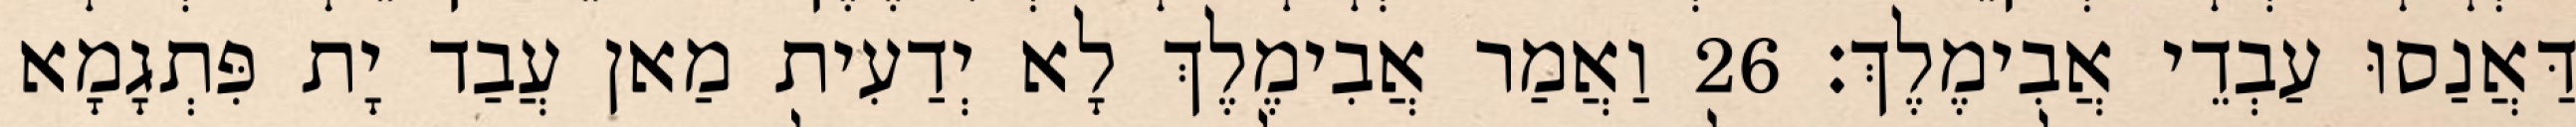
דַּאֲנַסוּ עַבְדֵי אֲבִימֶלֶךְ׃ 26 וַאֲמַר אֲבִימֶלֶךְ לָא יְדַעִית מַאן עֲבַד יָת פִּתְגָמָא